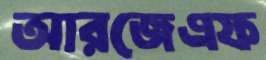
আরজেএফ